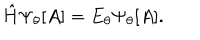
{ \hat { H } } \Psi _ { \theta } [ A ] = E _ { \theta } \Psi _ { \theta } [ A ] .